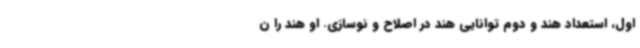
اول، استعداد هند و دوم توانایی هند در اصلاح و نوسازی. او هند را ن